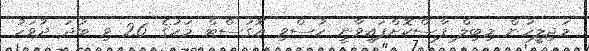
މަޖިލީހުން މިބިލް ފާސްކޮށްފައިވާނީ ހުސްވި އޮގަސްޓް މަހުގެ 26 ވި ބުދަ ދުވަހު